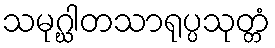
သမုဂ္ဃါတသာရုပ္ပသုတ္တံ